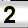
Digit: 2